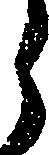
う